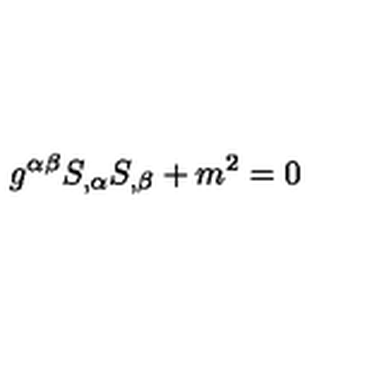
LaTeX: g ^ { \alpha \beta } S _ { , \alpha } S _ { , \beta } + m ^ { 2 } = 0